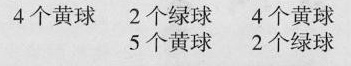
4个黄球 2个绿球 4个黄球 5个黄球 2个绿球